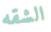
الشقه